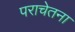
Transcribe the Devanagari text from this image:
पराचेतना